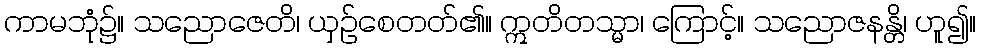
ကာမဘုံ၌။ သညောဇေတိ၊ ယှဉ်စေတတ်၏။ ဣတိတသ္မာ၊ ကြောင့်။ သညောဇနန္တိ၊ ဟူ၍။